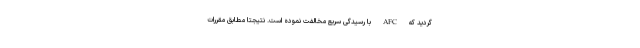
گردید که AFC با رسیدگی سریع مخالفت نموده است. نتیجتا مطابق مقررات